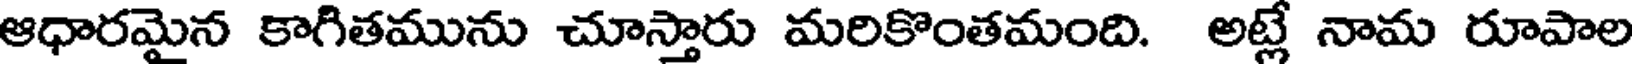
ఆధారమైన కాగితమును చూస్తారు మరికొంతమంది. అట్లే నామ రూపాల